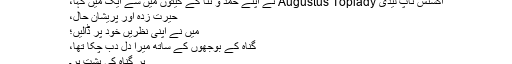
آگسٹُس ٹاپ لیڈی Augustus Toplady نے اپنے حمد و ثنا کے گیتوں میں سے ایک میں کہا،
حیرت زدہ اور پریشان حال،
میں نے اپنی نظریں خود پر ڈالیں؛
گناہ کے بوجھوں کے ساتھ میرا دِل دب چکا تھا،
ہر گناہ کی پشت پر۔